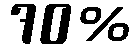
70%